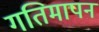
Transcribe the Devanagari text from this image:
गतिमापन